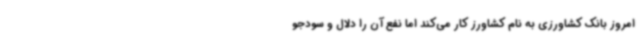
امروز بانک کشاورزی به نام کشاورز کار می‌کند اما نفع آن را دلال و سودجو